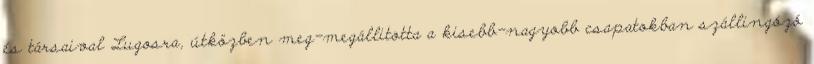
és társaival Lugosra, útközben meg-megállitotta a kisebb-nagyobb csapatokban szállingózó